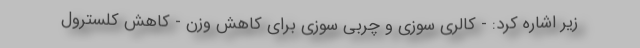
زیر اشاره کرد: - کالری سوزی و چربی سوزی برای کاهش وزن - کاهش کلسترول